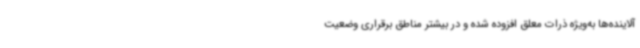
آلاینده‌ها به‌ویژه ذرات معلق افزوده شده و در بیشتر مناطق برقراری وضعیت